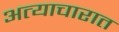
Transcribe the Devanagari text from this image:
अत्याचारात